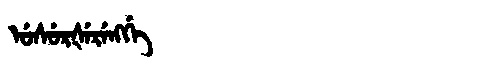
Manchu: ᡠᠰᡠᡵᡧᡝᡵᡝᠩᡤᡝ
Romanization: USURŠERENGGE